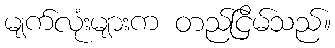
မျက်လုံးများက တည်ငြိမ်သည်။